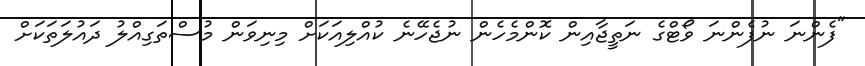
"ފެންނަ ނުފެންނަ ވޯޓްގެ ނަތީޖާއިން ކޮންމެހެން ނުޖެހޭނެ ކުއްލިއަކަށް މިނިވަން މުސްތަގިއްލު ދައުލަތަކަށް